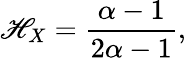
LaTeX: \mathscr{H}_{X}={\frac{{\alpha-1}}{{2\alpha-1}}},